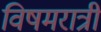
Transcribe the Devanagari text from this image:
विषमरात्री